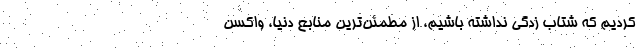
کردیم که شتاب زدگی نداشته باشیم، از مطمئن‌‌ترین منابع دنیا، واکسن